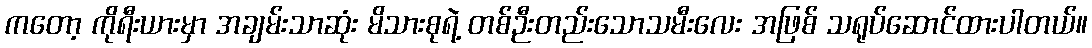
ကတော့ ကိုရီးယားမှာ အချမ်းသာဆုံး မိသားစုရဲ့ တစ်ဉီးတည်းသောသမီးလေး အဖြစ် သရုပ်ဆောင်ထားပါတယ်။